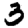
Digit: 3